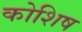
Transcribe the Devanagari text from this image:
कोशिष